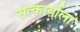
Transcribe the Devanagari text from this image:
सत्कार्याला